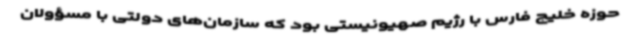
حوزه خلیج فارس با رژیم صهیونیستی بود که سازمان‌های دولتی با مسؤولان